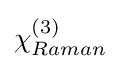
\chi _{Raman}^{(3)}